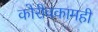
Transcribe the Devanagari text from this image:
कोरीवकामही